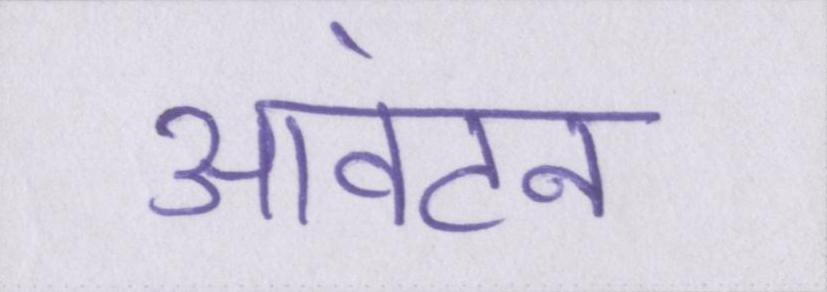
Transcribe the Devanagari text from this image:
आवंटन